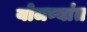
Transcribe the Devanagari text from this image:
योजण्यांत